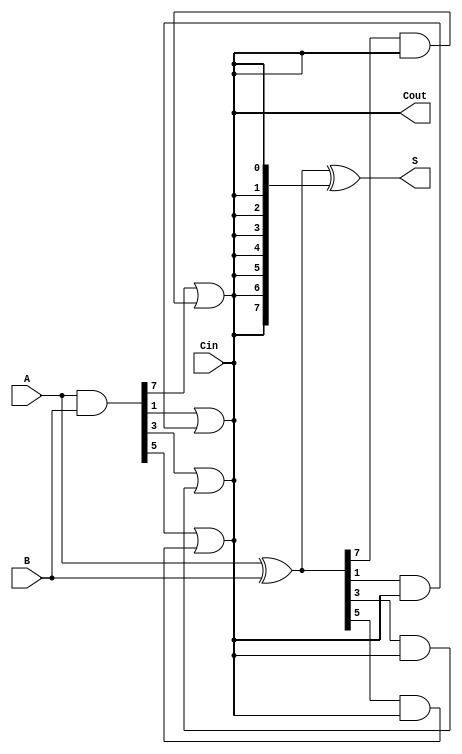
module brent_kung_adder #(parameter N = 8) (
    input  wire [N-1:0] A,      // First n-bit input
    input  wire [N-1:0] B,      // Second n-bit input
    input  wire Cin,             // Input carry
    output wire [N-1:0] S,       // n-bit sum output
    output wire Cout             // Output carry
);

    wire [N-1:0] G;             // Generate signals
    wire [N-1:0] P;             // Propagate signals
    wire [N:0] C;               // Carry signals (C[0] is Cin)

    // Generate and propagate signals
    assign G = A & B;           // Generate
    assign P = A ^ B;           // Propagate

    // Carry generation
    assign C[0] = Cin;          // Carry-in

    genvar i;
    generate
        // Level 1
        for (i = 0; i < N; i = i + 1) begin : level1
            if (i % 2 == 1) begin
                assign C[i+1] = G[i] | (P[i] & C[i]);  // Odd indexed carry
            end else begin
                assign C[i+1] = C[i];                   // Even indexed carry
            end
        end

        // Level 2
        for (i = 0; i < N; i = i + 2) begin : level2
            assign C[i+2] = C[i+1];                    // Pass carry from level 1
        end

        // Level 3
        for (i = 0; i < N; i = i + 4) begin : level3
            assign C[i+4] = G[i+1] | (P[i+1] & C[i+2]);
        end
    endgenerate

    // Final carry-out
    assign Cout = C[N];         // Final carry-out

    // Sum calculation
    assign S = P ^ C[N-1:0];    // Sum calculation

endmodule